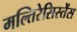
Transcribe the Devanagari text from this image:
मल्तिरेसिस्तेंस